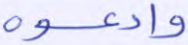
وادعوه